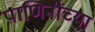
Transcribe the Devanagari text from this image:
पाणिनींच्या